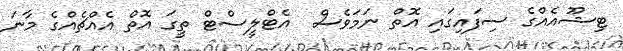
ޓިޝޫއެއްގެ ސިފައިގައި އޮތް ނަމަވެސް  އެޓްލީސްޓް ތީގަ އޮތް އެއްޗެއްގެ މާނަ